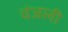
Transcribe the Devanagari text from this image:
वंजली